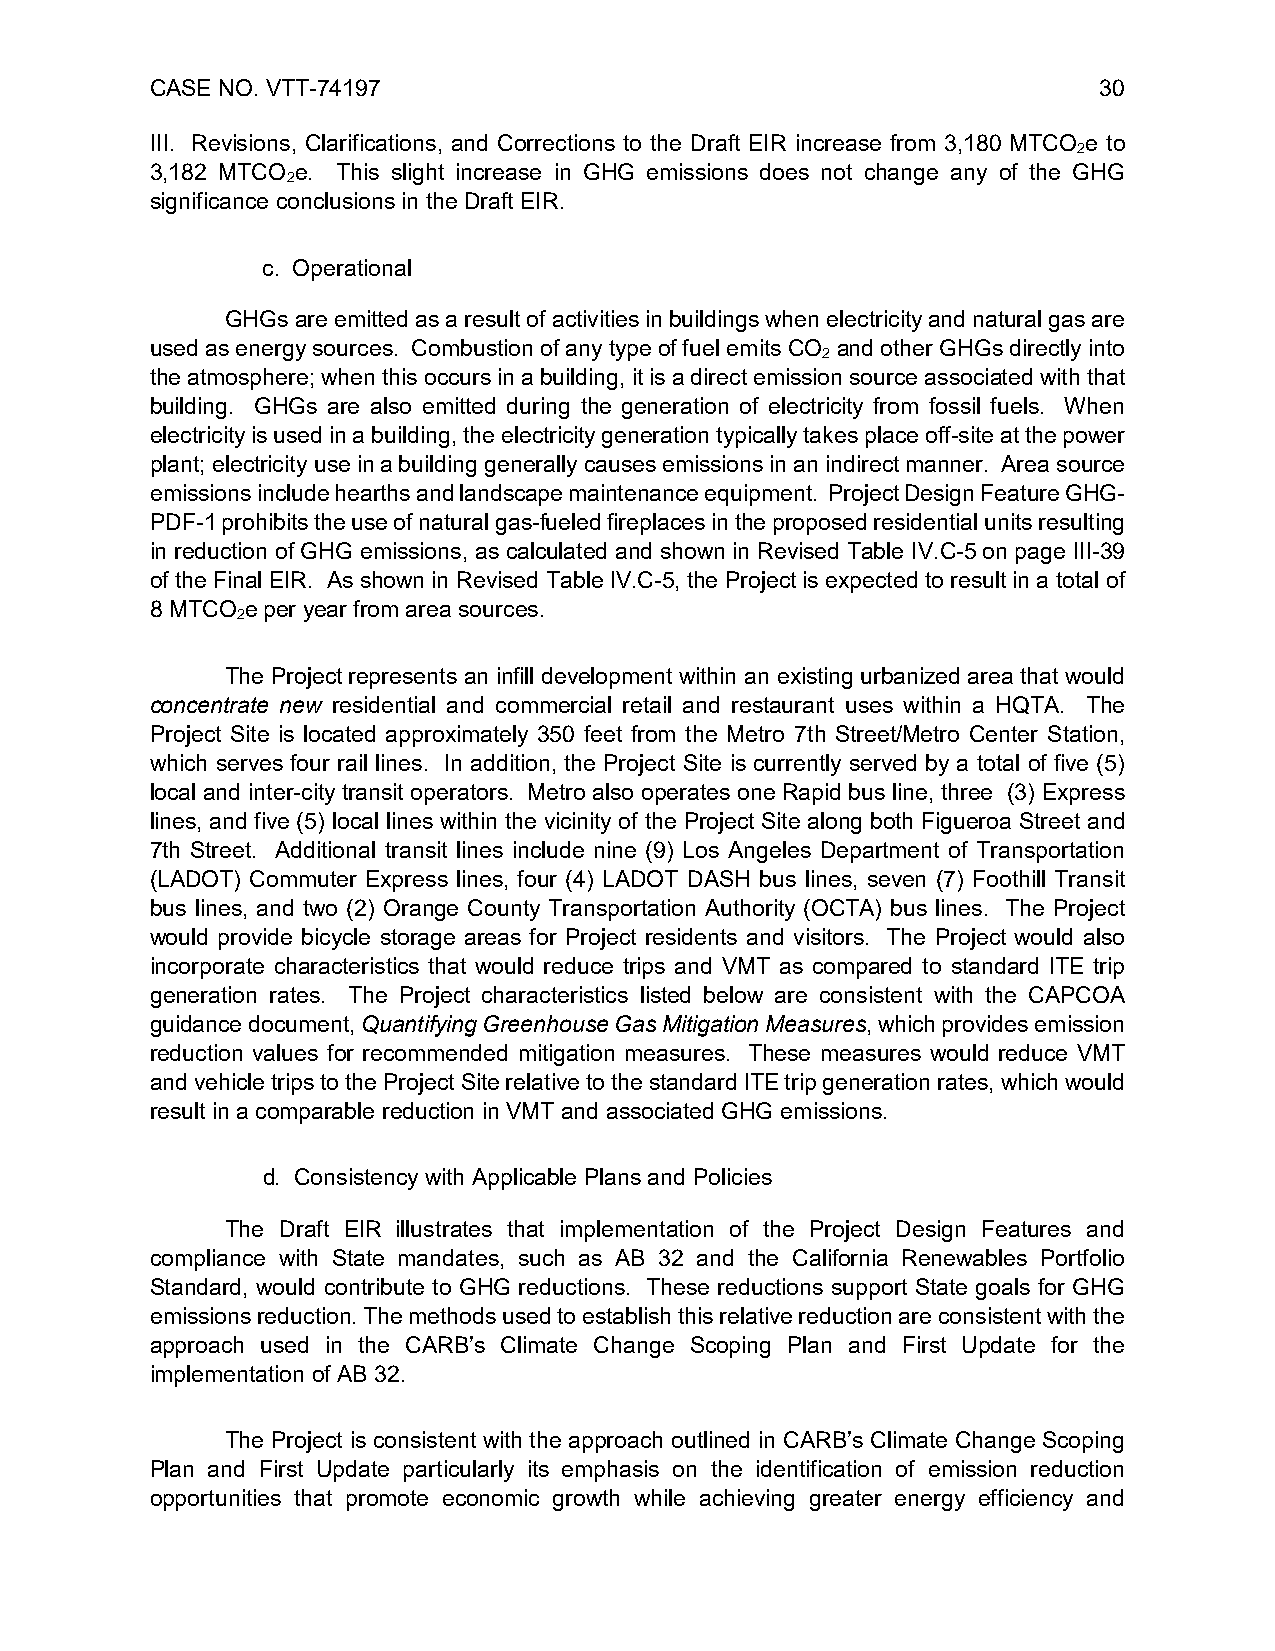
CASE NO. VTT-74197                                             30
 III. Revisions, Clarifications, and Corrections to the Draft EIR increase from 3,180 MTCO e to
 2
 3,182 MTCO e. This slight increase in GHG emissions does not change any of the GHG
 2
 significance conclusions in the Draft EIR.
 c. Operational
 GHGs are emitted as a result of activities in buildings when electricity and natural gas are
 used as energy sources. Combustion of any type of fuel emits CO and other GHGs directly into
 2
 the atmosphere; when this occurs in a building, it is a direct emission source associated with that
 building. GHGs are also emitted during the generation of electricity from fossil fuels. When
 electricity is used in a building, the electricity generation typically takes place off-site at the power
 plant; electricity use in a building generally causes emissions in an indirect manner. Area source
 emissions include hearths and landscape maintenance equipment. Project Design Feature GHG-
 PDF-1 prohibits the use of natural gas-fueled fireplaces in the proposed residential units resulting
 in reduction of GHG emissions, as calculated and shown in Revised Table IV.C-5 on page III-39
 of the Final EIR. As shown in Revised Table IV.C-5, the Project is expected to result in a total of
 8 MTCO e per year from area sources.
 2
 The Project represents an infill development within an existing urbanized area that would
 concentrate new residential and commercial retail and restaurant uses within a HQTA. The
 Project Site is located approximately 350 feet from the Metro 7th Street/Metro Center Station,
 which serves four rail lines. In addition, the Project Site is currently served by a total of five (5)
 local and inter-city transit operators. Metro also operates one Rapid bus line, three (3) Express
 lines, and five (5) local lines within the vicinity of the Project Site along both Figueroa Street and
 7th Street. Additional transit lines include nine (9) Los Angeles Department of Transportation
 (LADOT) Commuter Express lines, four (4) LADOT DASH bus lines, seven (7) Foothill Transit
 bus lines, and two (2) Orange County Transportation Authority (OCTA) bus lines. The Project
 would provide bicycle storage areas for Project residents and visitors. The Project would also
 incorporate characteristics that would reduce trips and VMT as compared to standard ITE trip
 generation rates. The Project characteristics listed below are consistent with the CAPCOA
 guidance document, Quantifying Greenhouse Gas Mitigation Measures, which provides emission
 reduction values for recommended mitigation measures. These measures would reduce VMT
 and vehicle trips to the Project Site relative to the standard ITE trip generation rates, which would
 result in a comparable reduction in VMT and associated GHG emissions.
 d. Consistency with Applicable Plans and Policies
 The Draft EIR illustrates that implementation of the Project Design Features and
 compliance with State mandates, such as AB 32 and the California Renewables Portfolio
 Standard, would contribute to GHG reductions. These reductions support State goals for GHG
 emissions reduction. The methods used to establish this relative reduction are consistent with the
 approach used in the CARB’s Climate Change Scoping Plan and First Update for the
 implementation of AB 32.
 The Project is consistent with the approach outlined in CARB’s Climate Change Scoping
 Plan and First Update particularly its emphasis on the identification of emission reduction
 opportunities that promote economic growth while achieving greater energy efficiency and